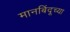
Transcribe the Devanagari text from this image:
मानबिंदूच्या